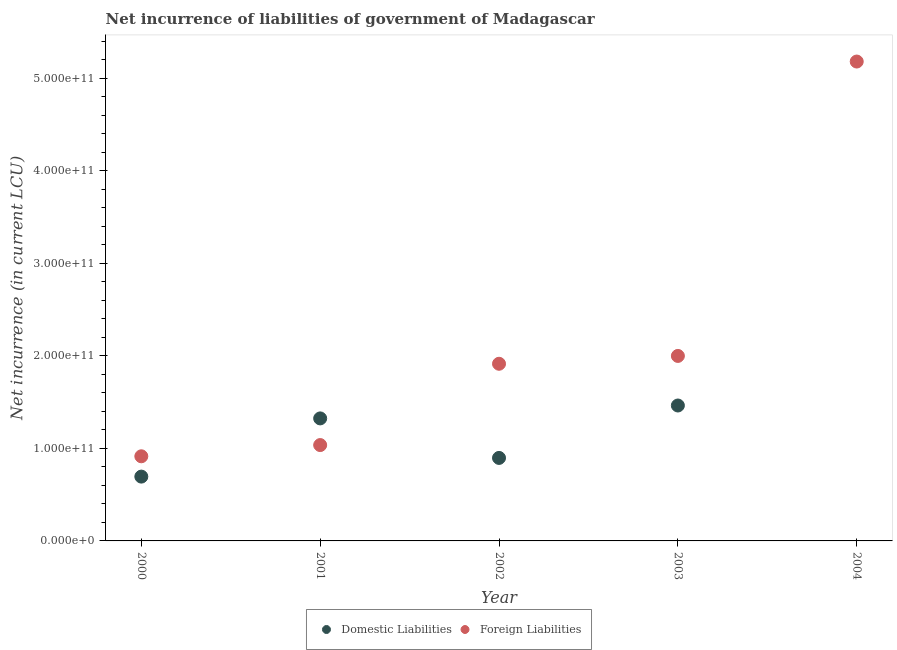
| Year | Domestic Liabilities | Foreign Liabilities |
 | --- | --- | --- |
 | 2000 | 6.95e+10 | 9.15e+10 |
 | 2001 | 1.32e+11 | 1.04e+11 |
 | 2002 | 8.97e+10 | 1.92e+11 |
 | 2003 | 1.46e+11 | 2e+11 |
 | 2004 | -5.83e+10 | 5.18e+11 |